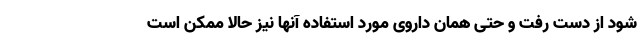
شود از دست رفت و حتی همان داروی مورد استفاده آنها نیز حالا ممکن است